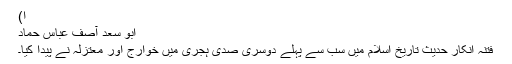
ا)
ابو سعد آصف عباس حماد
فتنہ انکار حدیث تاریخ اسلام میں سب سے پہلے دوسری صدی ہجری میں خوارج اور معتزلہ نے پیدا کیا۔